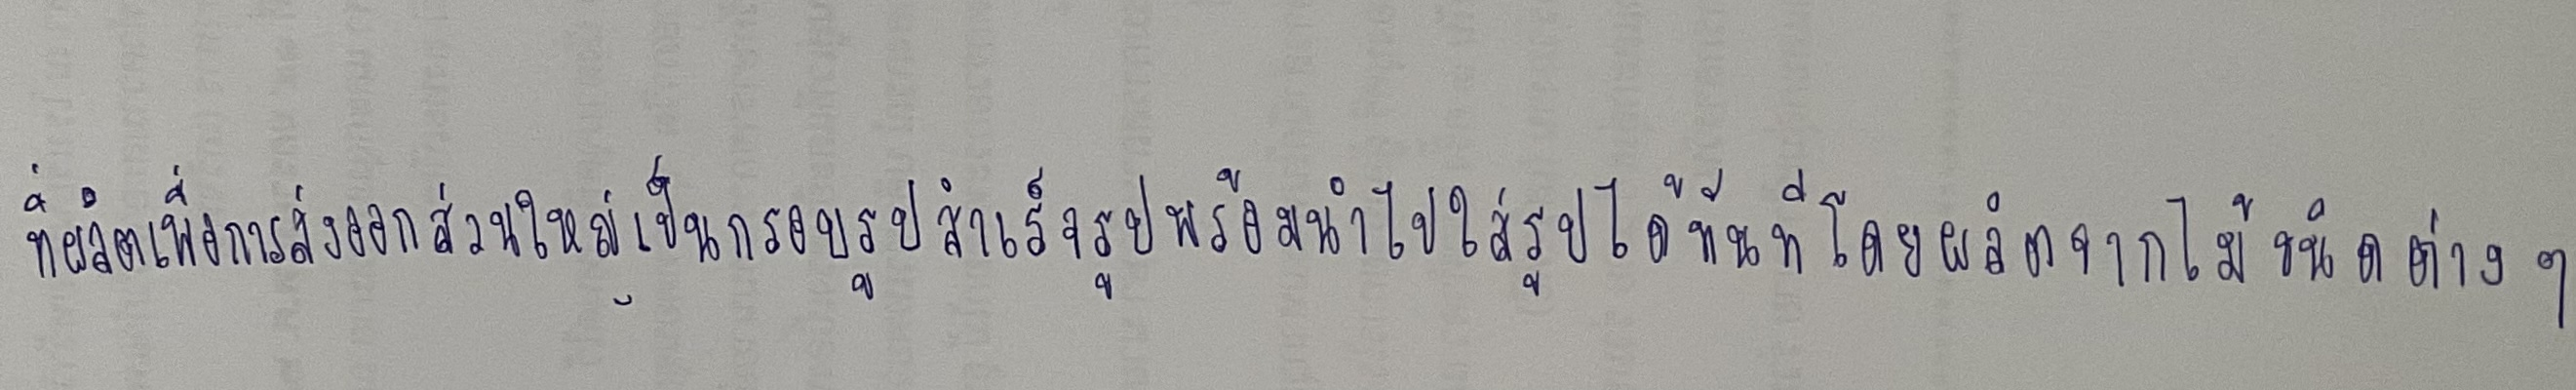
ที่ผลิตเพื่อการส่งออกส่วนใหญ่เป็นกรอบรูปสำเร็จรูปพร้อมนำไปใส่รูปได้ทันทีโดยผลิตจากไม้ชนิดต่างๆ